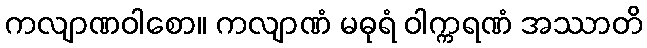
ကလျာဏဝါစော။ ကလျာဏံ မဓုရံ ဝါက္ကရဏံ အဿာတိ